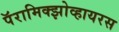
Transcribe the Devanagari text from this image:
पॅरामिक्झोव्हायरस